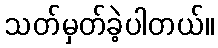
သတ်မှတ်ခဲ့ပါတယ်။